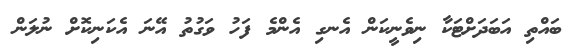
ބައްތި އަބަދަށްޓަކާ ނިވެނީކަން އެނގި އެންމެ ފަހު ވަގުތު އޭނަ އެކަނިކޮށް ނުލަން